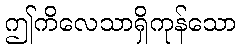
ဤကိလေသာရှိကုန်သော